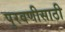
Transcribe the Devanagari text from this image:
पुरवणीसाठी